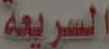
السريعة